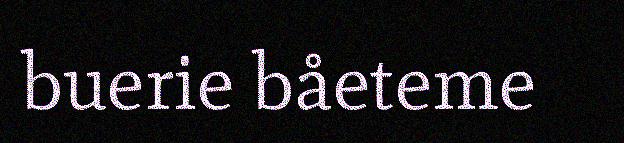
buerie båeteme